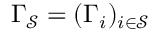
\Gamma _ { \mathcal { S } } = ( \Gamma _ { i } ) _ { i \in \mathcal { S } }